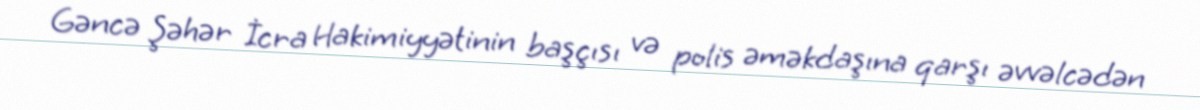
Gəncə Şəhər İcra Hakimiyyətinin başçısı və polis əməkdaşına qarşı əvvəlcədən